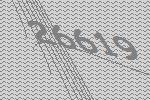
26619